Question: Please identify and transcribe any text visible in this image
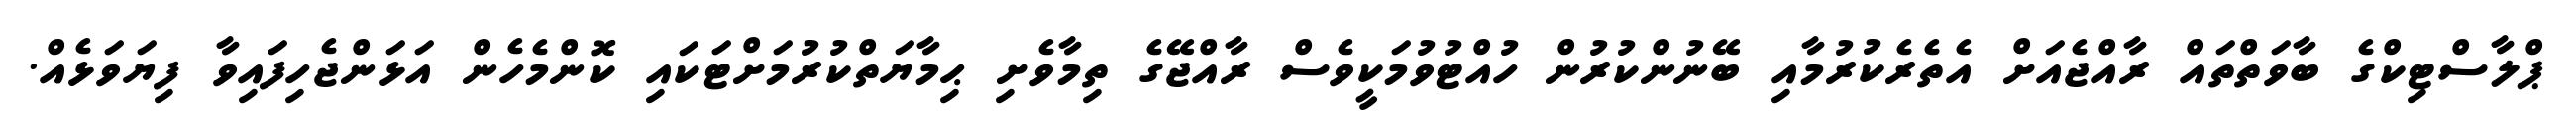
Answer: ޕްލާސްޓިކްގެ ބާވަތްތައް ރާއްޖެއަށް އެތެރެކުރުމާއި ބޭނުންކުރުން ހުއްޓުވުމަކީވެސް ރާއްޖޭގެ ތިމާވެށި ޙިމާޔަތްކުރުމަށްޓަކައި ކޮންމެހެން އަޅަންޖެހިފައިވާ ފިޔަވަޅެއް.